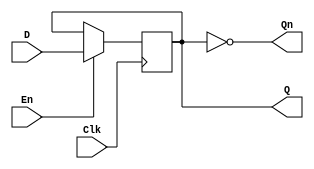
module edge_triggered_gated_latch (
    input wire D,      // Data Input
    input wire Clk,    // Clock
    input wire En,     // Enable
    output reg Q,      // Output
    output wire Qn     // Complementary Output
);

// Complementary output
assign Qn = ~Q;

// Edge detection and gating logic
always @(posedge Clk) begin
    if (En) begin
        Q <= D; // Capture the input D when Enable is high on the rising edge of Clk
    end
    // If En is low, Q retains its previous value
end

endmodule